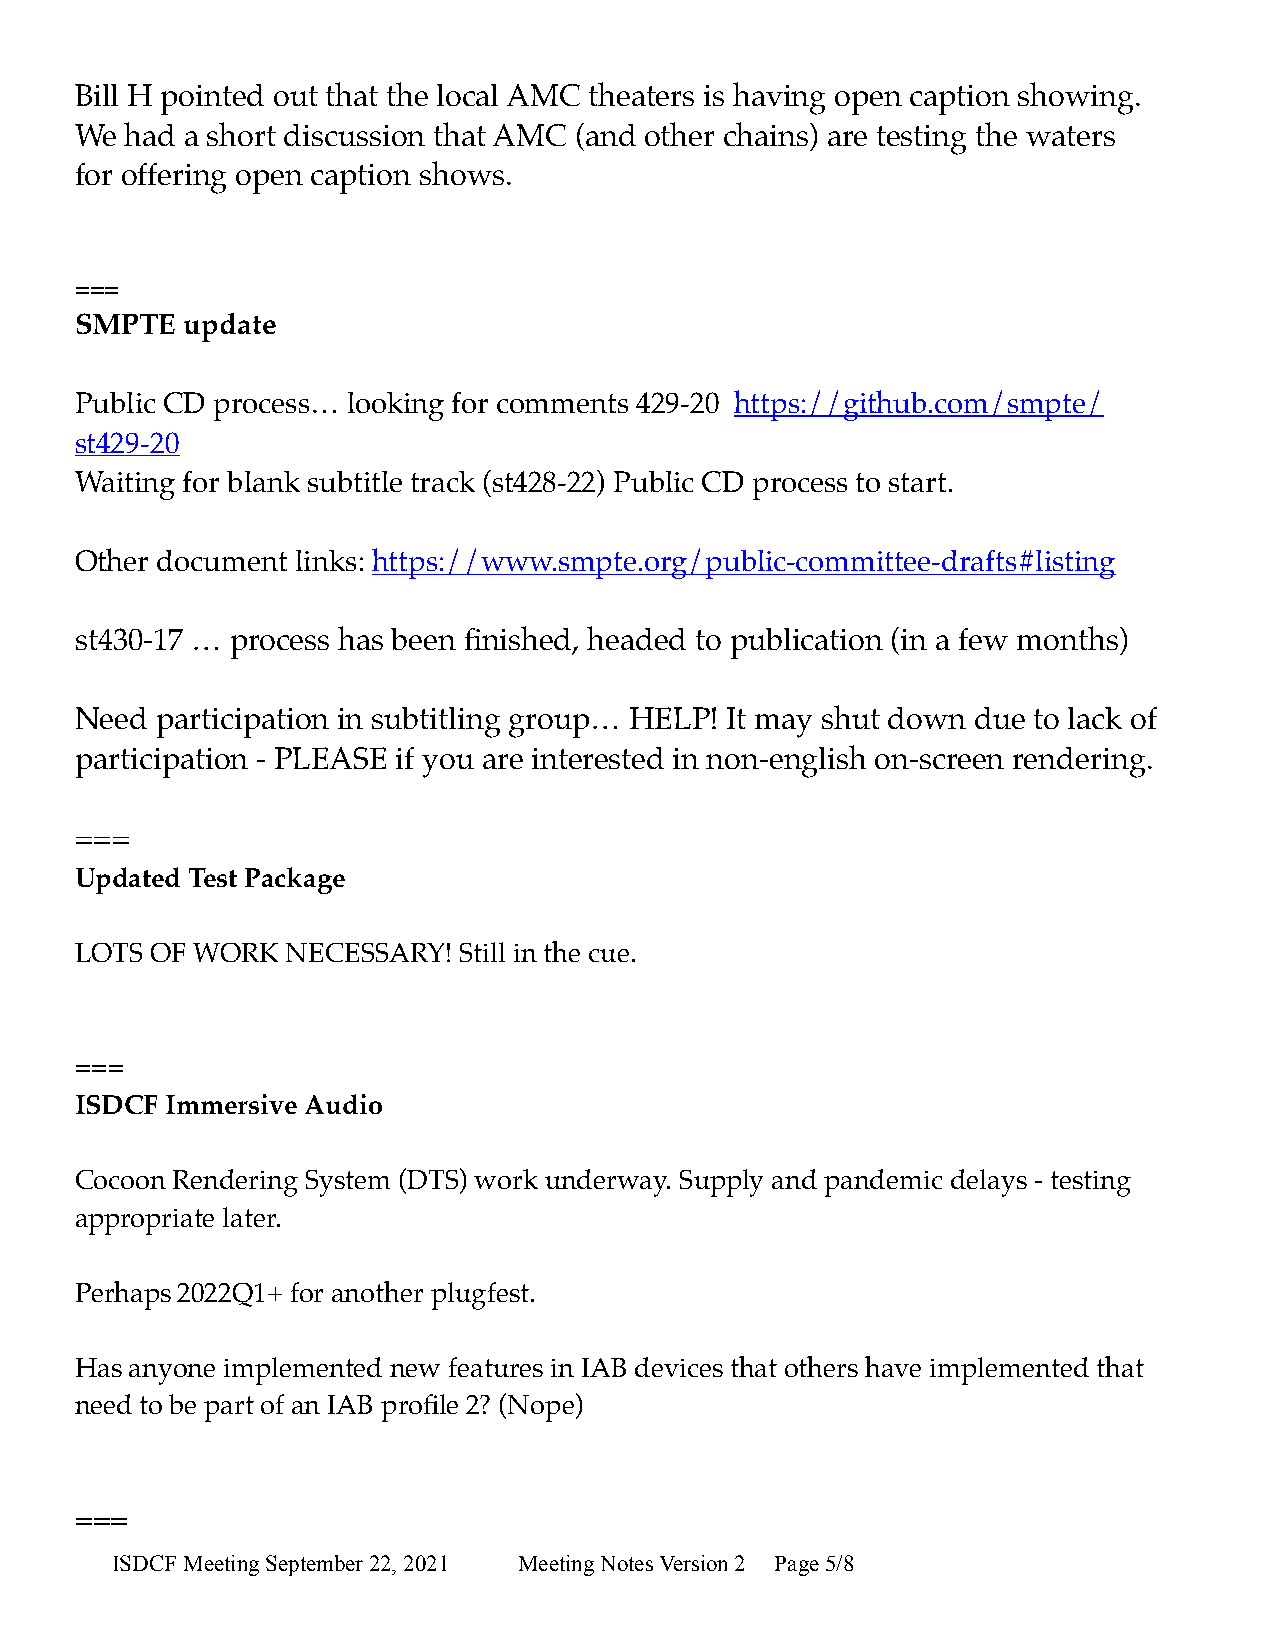
Bill H pointed out that the local AMC theaters is having open caption showing.
 We had a short discussion that AMC (and other chains) are testing the waters
 for offering open caption shows.
 ===
 SMPTE  update
 Public CD process… looking for comments 429-20 https://github.com/smpte/
 st429-20
 Waiting for blank subtitle track (st428-22) Public CD process to start.
 Other document links: https://www.smpte.org/public-committee-drafts#listing
 st430-17 … process has been finished, headed to publication (in a few months)
 Need participation in subtitling group… HELP! It may shut down due to lack of
 participation - PLEASE if you are interested in non-english on-screen rendering.
 ===
 Updated Test Package
 LOTS OF WORK  NECESSARY! Still in the cue.
 ===
 ISDCF Immersive Audio
 Cocoon Rendering System (DTS) work underway. Supply and pandemic delays - testing
 appropriate later.
 Perhaps 2022Q1+ for another plugfest.
 Has anyone implemented new features in IAB devices that others have implemented that
 need to be part of an IAB profile 2? (Nope)
 ===
 ISDCF Meeting September 22, 2021 Meeting Notes Version 2 Page 5/8